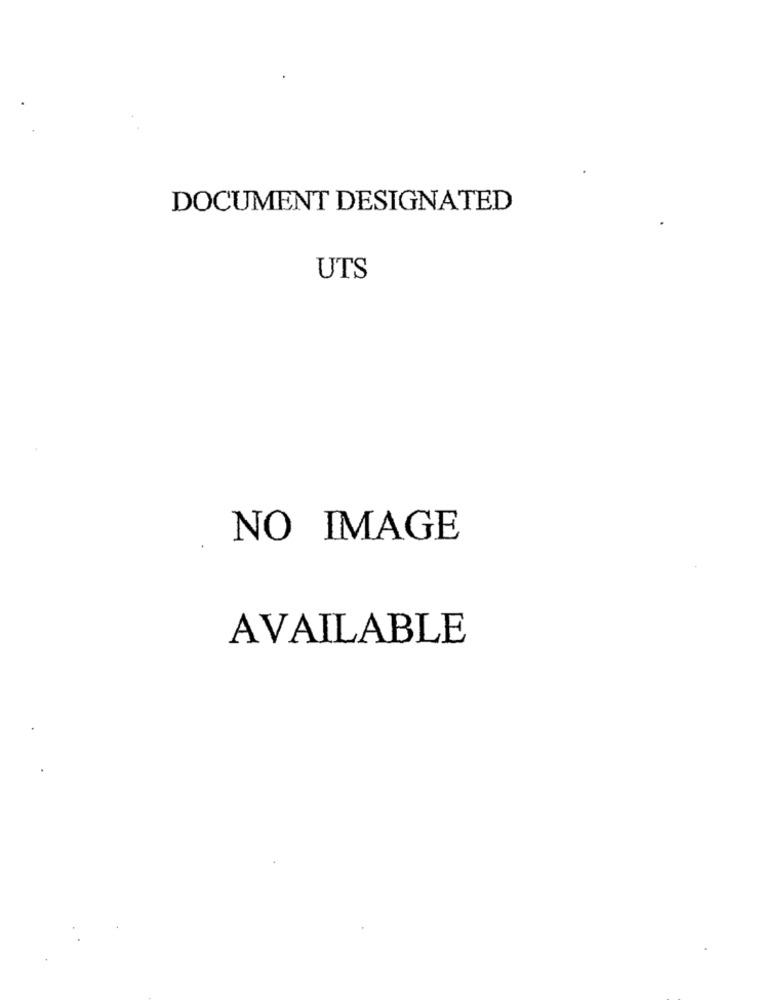
DOCUMENT DESIGNATED
UTS
NO IMAGE
AVAILABLE